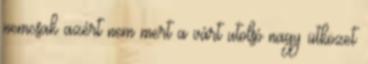
nemcsak azért nem mert a várt utolsó nagy ütközet